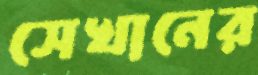
সেখানের